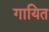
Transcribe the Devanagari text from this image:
गायित